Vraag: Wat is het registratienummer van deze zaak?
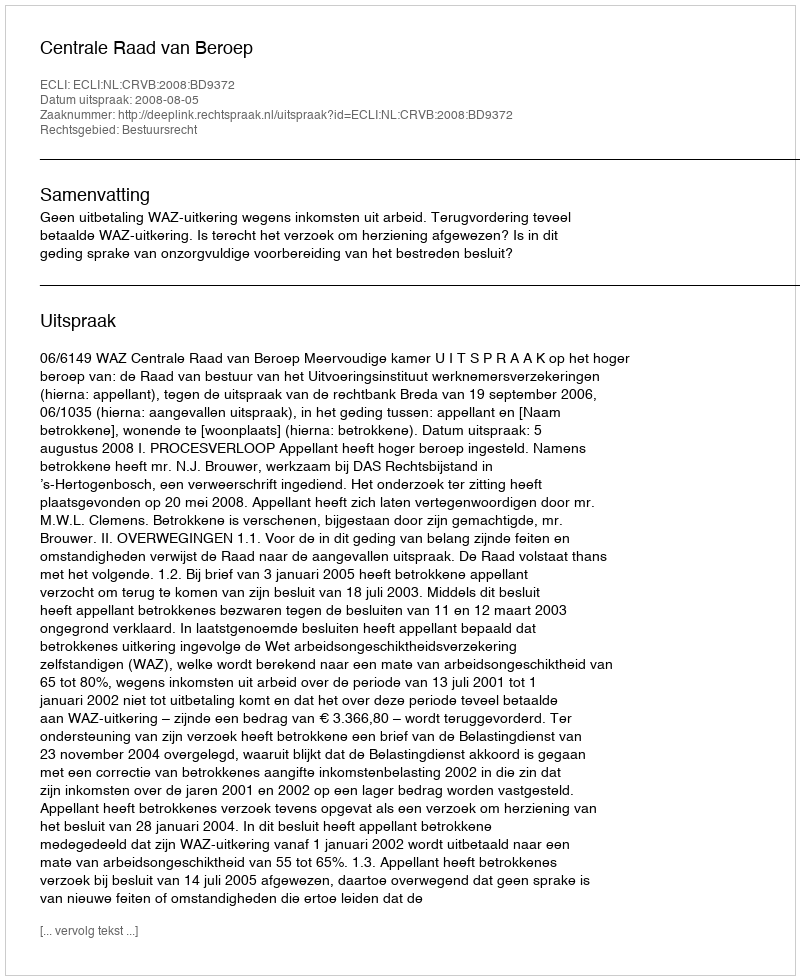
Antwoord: http://deeplink.rechtspraak.nl/uitspraak?id=ECLI:NL:CRVB:2008:BD9372